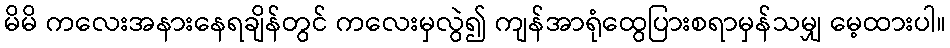
မိမိ ကလေးအနားနေရချိန်တွင် ကလေးမှလွဲ၍ ကျန်အာရုံထွေပြားစရာမှန်သမျှ မေ့ထားပါ။